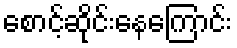
စောင့်ဆိုင်းနေကြောင်း